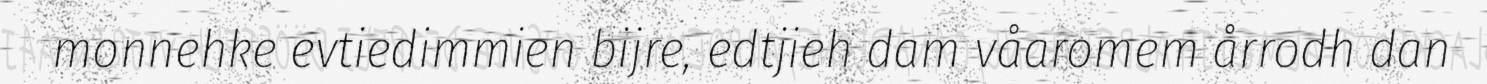
monnehke evtiedimmien bijre, edtjieh dam våaromem årrodh dan